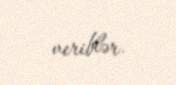
veriblər.